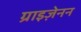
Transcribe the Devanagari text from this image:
ग्राइज़ेनन